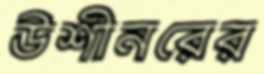
উশীনরের